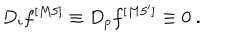
LaTeX: D _ { i } f ^ { [ M 5 ] } \equiv D _ { p } f ^ { [ M 5 ^ { \prime } ] } \equiv 0 ~ .